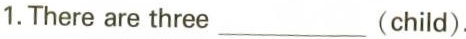
1.There are three___(child).